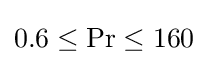
0.6\leq \mathrm {Pr} \leq 160